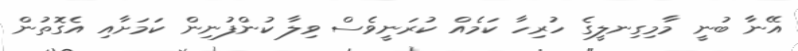
އޭނާ ބުނީ މާމިގިނލީގެ ހުރިހާ ކަމެއް ކުރަނީވެސް ވިލާ ކުންފުނިން ކަމަށާއި އެގޮތުން